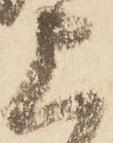
上